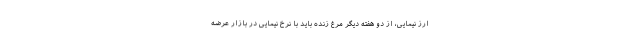
ارز نیمایی، از دو هفته دیگر مرغ زنده باید با نرخ نیمایی در بازار عرضه